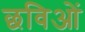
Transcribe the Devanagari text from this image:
छविओं